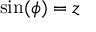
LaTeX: \sin ( \phi ) = z